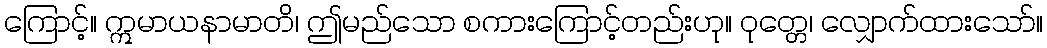
ကြောင့်။ ဣမာယနာမာတိ၊ ဤမည်သော စကားကြောင့်တည်းဟု။ ဝုတ္တေ၊ လျှောက်ထားသော်။